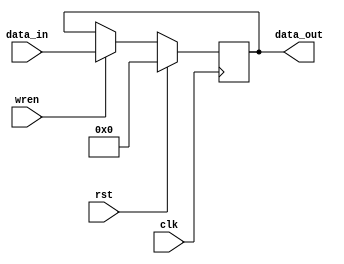
`default_nettype none
// synchronous write
// asynchronous read
module register_rw
#(
	parameter WIDTH = 32,
	parameter DEFAULT_VALUE = 0
)
(
	input			rst,
	input 			clk,
	input			wren,
	input 	[WIDTH-1:0] 	data_in,
	output  [WIDTH-1:0] 	data_out
);

	reg [WIDTH-1:0] dffreg;
	
	always @(posedge clk) begin
		if (rst) begin
			dffreg <= DEFAULT_VALUE;
		end
		else if (wren) begin
			dffreg <= data_in;
		end
	end

	assign data_out = dffreg;


	`ifdef FORMAL

	// register for knowing if we have just started
	reg f_past_valid = 0;
	
	// start in reset
	initial assume(rst);

	always @(posedge clk) begin
        
        // update past_valid reg so we know it's safe to use $past()
        f_past_valid <= 1;

		if (f_past_valid)
		cover(data_out && !rst);
	    
		if (f_past_valid)
		cover(~|data_out && $past(data_out) && !$past(rst) && !rst);

        // load works
		if (f_past_valid)
			if ($past(wren) && !wren && !$past(rst))
				_load_: assert(data_out == $past(data_in));
			// remember value
			if (f_past_valid)
				if (!$past(wren) && !wren && !$past(rst))
					_remember_: assert(data_out == $past(data_out));
		end
	`endif

	
endmodule